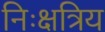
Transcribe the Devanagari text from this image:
निःक्षत्रिय